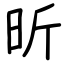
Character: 昕